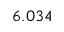
6 . 0 3 4